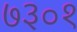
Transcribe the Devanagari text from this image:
७३०१